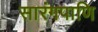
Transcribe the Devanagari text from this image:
सारंगपाणि